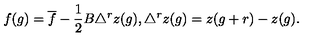
f ( g ) = \overline { { f } } - \frac { 1 } { 2 } B \triangle ^ { r } z ( g ) , \triangle ^ { r } z ( g ) = z ( g + r ) - z ( g ) .